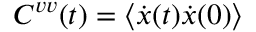
C ^ { v v } ( t ) = \langle \dot { x } ( t ) \dot { x } ( 0 ) \rangle